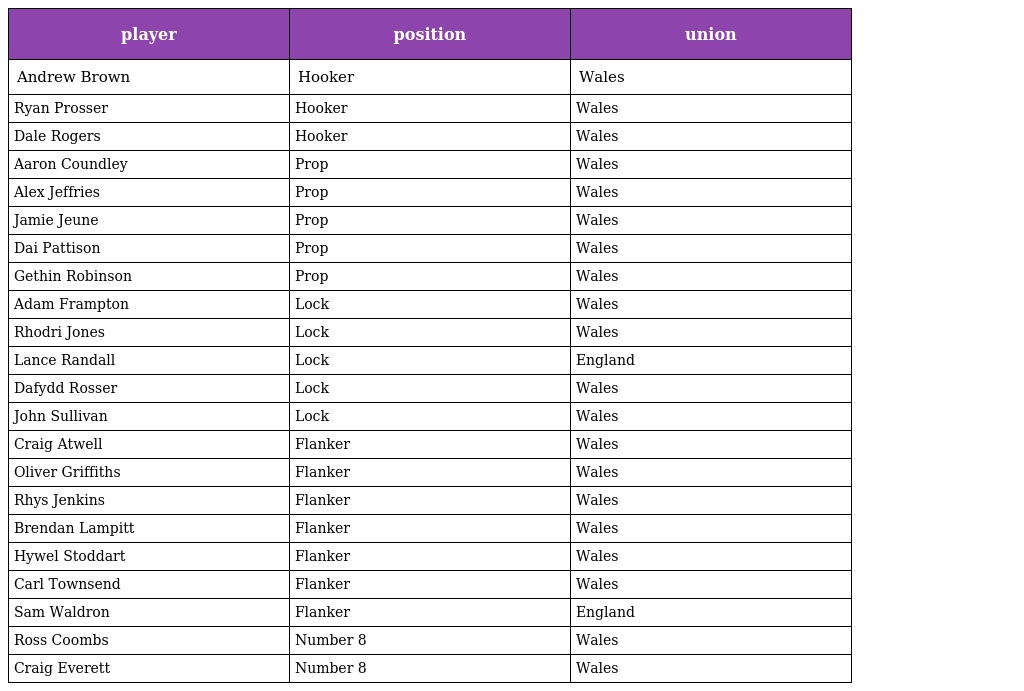
| player | position | union |
 | --- | --- | --- |
 | Andrew Brown | Hooker | Wales |
 | Ryan Prosser | Hooker | Wales |
 | Dale Rogers | Hooker | Wales |
 | Aaron Coundley | Prop | Wales |
 | Alex Jeffries | Prop | Wales |
 | Jamie Jeune | Prop | Wales |
 | Dai Pattison | Prop | Wales |
 | Gethin Robinson | Prop | Wales |
 | Adam Frampton | Lock | Wales |
 | Rhodri Jones | Lock | Wales |
 | Lance Randall | Lock | England |
 | Dafydd Rosser | Lock | Wales |
 | John Sullivan | Lock | Wales |
 | Craig Atwell | Flanker | Wales |
 | Oliver Griffiths | Flanker | Wales |
 | Rhys Jenkins | Flanker | Wales |
 | Brendan Lampitt | Flanker | Wales |
 | Hywel Stoddart | Flanker | Wales |
 | Carl Townsend | Flanker | Wales |
 | Sam Waldron | Flanker | England |
 | Ross Coombs | Number 8 | Wales |
 | Craig Everett | Number 8 | Wales |